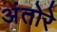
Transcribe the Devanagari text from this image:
अंतोरे